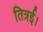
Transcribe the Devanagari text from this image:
तित्रई।